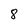
Character: 8